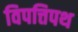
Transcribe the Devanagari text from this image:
विपत्तिपथ